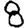
Digit: 8